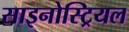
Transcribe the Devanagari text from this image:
साइनोस्ट्रियल